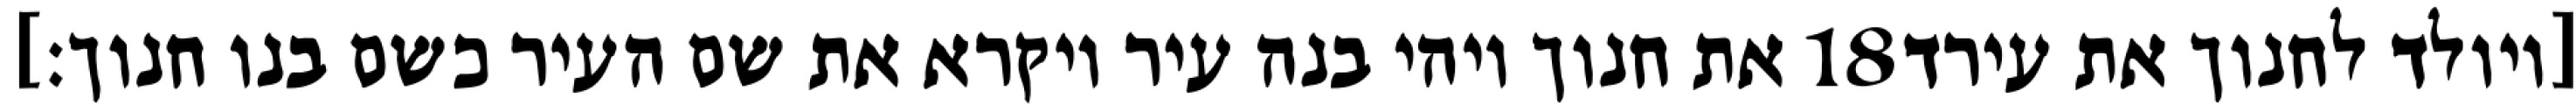
את חנוך ויהי בנה עיר ויקרא את שם העיר כשם בנו חנוך׃] ‎18‏ [ויולד לחנוך את עירד